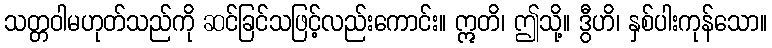
သတ္တဝါမဟုတ်သည်ကို ဆင်ခြင်သဖြင့်လည်းကောင်း။ ဣတိ၊ ဤသို့။ ဒွီဟိ၊ နှစ်ပါးကုန်သော။